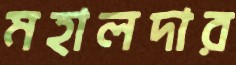
মহালদার